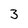
Character: 3